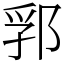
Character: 郛